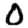
Digit: 0